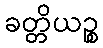
ခတ္တိယဉ္စ